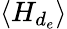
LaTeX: \langle H_{d_{e}}\rangle